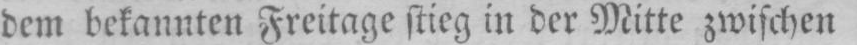
dem bekannten Freitage stieg in der Mitte zwischen